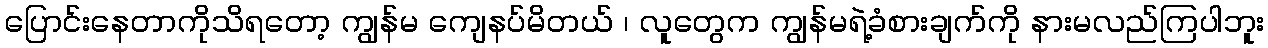
ပြောင်းနေတာကိုသိရတော့ ကျွန်မ ကျေနပ်မိတယ် ၊ လူတွေက ကျွန်မရဲ့ခံစားချက်ကို နားမလည်ကြပါဘူး